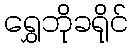
ရွှေဘိုခရိုင်